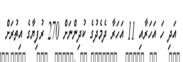
އަދި ހަ އަހަރާއި 11 އަހަރާ ދެމެދުގެ ކުދިންނަށް 270 ރުފިޔާގެ އިތުރަށް